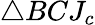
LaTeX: \triangle BCJ_{c}